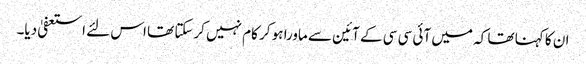
ان کا کہنا تھا کہ میں آئی سی سی کے آئین سے ماورا ہو کر کام نہیں کرسکتا تھا اس لئے استعفیٰ دیا۔